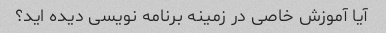
آیا آموزش خاصی در زمینه برنامه نویسی دیده اید؟